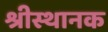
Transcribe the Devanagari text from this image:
श्रीस्थानक